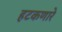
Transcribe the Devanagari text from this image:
हटकणारे